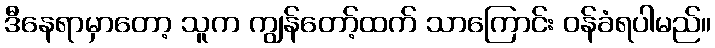
ဒီနေရာမှာတော့ သူက ကျွန်တော့်ထက် သာကြောင်း ဝန်ခံရပါမည်။